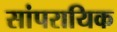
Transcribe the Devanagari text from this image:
सांपरायिक